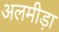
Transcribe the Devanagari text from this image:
अलमीड़ा